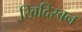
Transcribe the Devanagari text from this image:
खिदिरबन